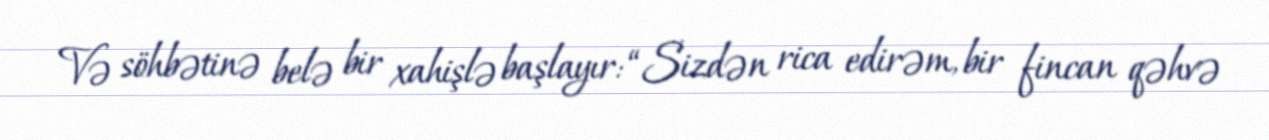
Və söhbətinə belə bir xahişlə başlayır: “Sizdən rica edirəm, bir fincan qəhvə